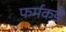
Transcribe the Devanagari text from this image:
फर्मकडे